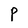
Character: P